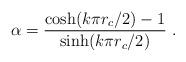
LaTeX: \begin{align*}\alpha=\frac{\cosh(k\pi r_{c}/2)- 1}{\sinh(k\pi r_{c}/2)}\ .\end{align*}